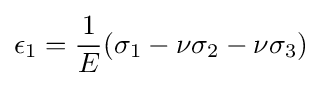
\epsilon _{1}={\frac {1}{E}}(\sigma _{1}-\nu \sigma _{2}-\nu \sigma _{3})